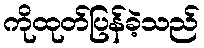
ကိုထုတ်ပြန်ခဲ့သည်